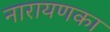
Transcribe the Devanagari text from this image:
नारायणका